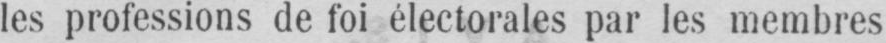
les professions de foi électorales par les membres